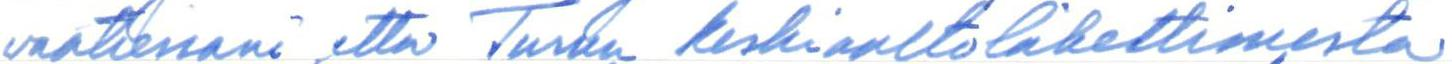
vaatiessani, että Turun keskiaaltolähettimestä